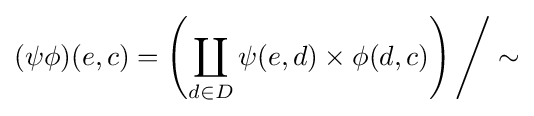
(\psi \phi )(e,c)=\left(\coprod _{d\in D}\psi (e,d)\times \phi (d,c)\right){\Bigg /}\sim